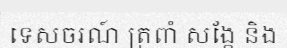
ទេសចរណ៍ ត្រពាំ សង្កែ និង